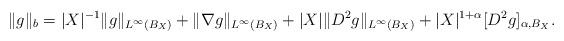
LaTeX: \begin{align*}\|g\|_b & = |X|^{-1} \|g\|_{L^\infty(B_X)} +\|\nabla g\|_{L^\infty(B_X)} + |X| \|D^2 g\|_{L^\infty(B_X)} + |X|^{1+\alpha} [D^2 g]_{\alpha,B_X} .\end{align*}